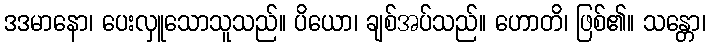
ဒဒမာနော၊ ပေးလှူသောသူသည်။ ပိယော၊ ချစ်အပ်သည်။ ဟောတိ၊ ဖြစ်၏။ သန္တော၊